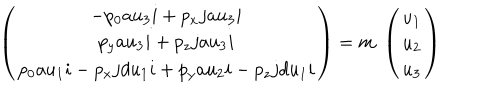
LaTeX: \left( \begin{array} { c } { { - p _ { 0 } a u _ { 3 } i + p _ { x } j a u _ { 3 } i } } \\ { { p _ { y } a u _ { 3 } i + p _ { z } j a u _ { 3 } i } } \\ { { p _ { 0 } a u _ { 1 } i - p _ { x } j d u _ { 1 } i + p _ { y } a u _ { 2 } i - p _ { z } j d u _ { 1 } i } } \\ \end{array} \right) = m \; \left( \begin{array} { c } { { u _ { 1 } } } \\ { { u _ { 2 } } } \\ { { u _ { 3 } } } \\ \end{array} \right)